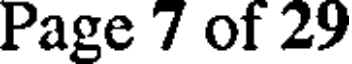
Page 7 of 29